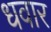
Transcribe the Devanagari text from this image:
धवार